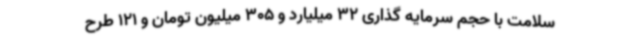
سلامت با حجم سرمایه گذاری 32 میلیارد و 305 میلیون تومان و 121 طرح